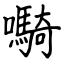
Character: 𫬷